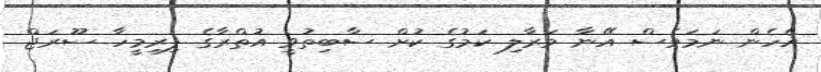
އެހެން ނަމަވެސް އޭނާ މަރާލި ކަމުގެ ކުށް ސާބިތުވީ އުތްރާގެ ފިރިމީހާ ސޫރަޖް